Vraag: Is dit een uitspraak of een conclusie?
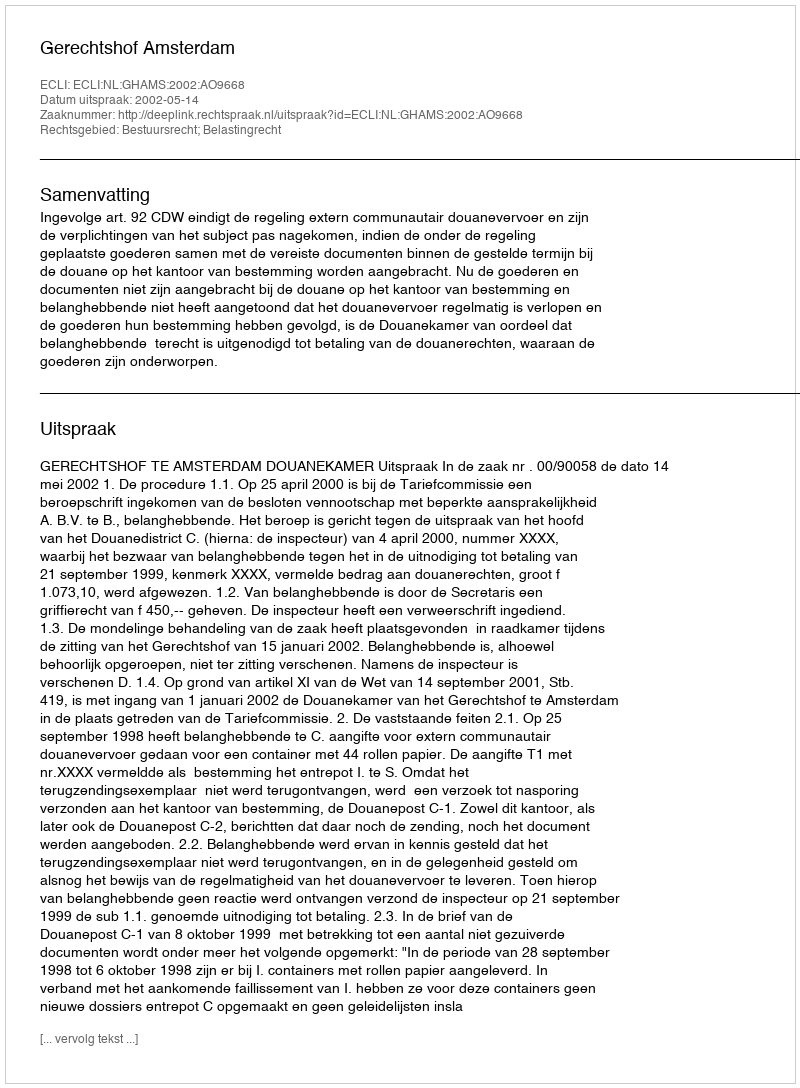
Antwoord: Uitspraak